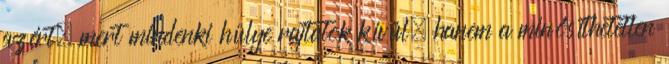
azért, mert mindenki hülye rajtatok kívül, hanem a minősíthetetlen